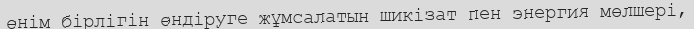
өнім бірлігін өндіруге жұмсалатын шикізат пен энергия мөлшері,